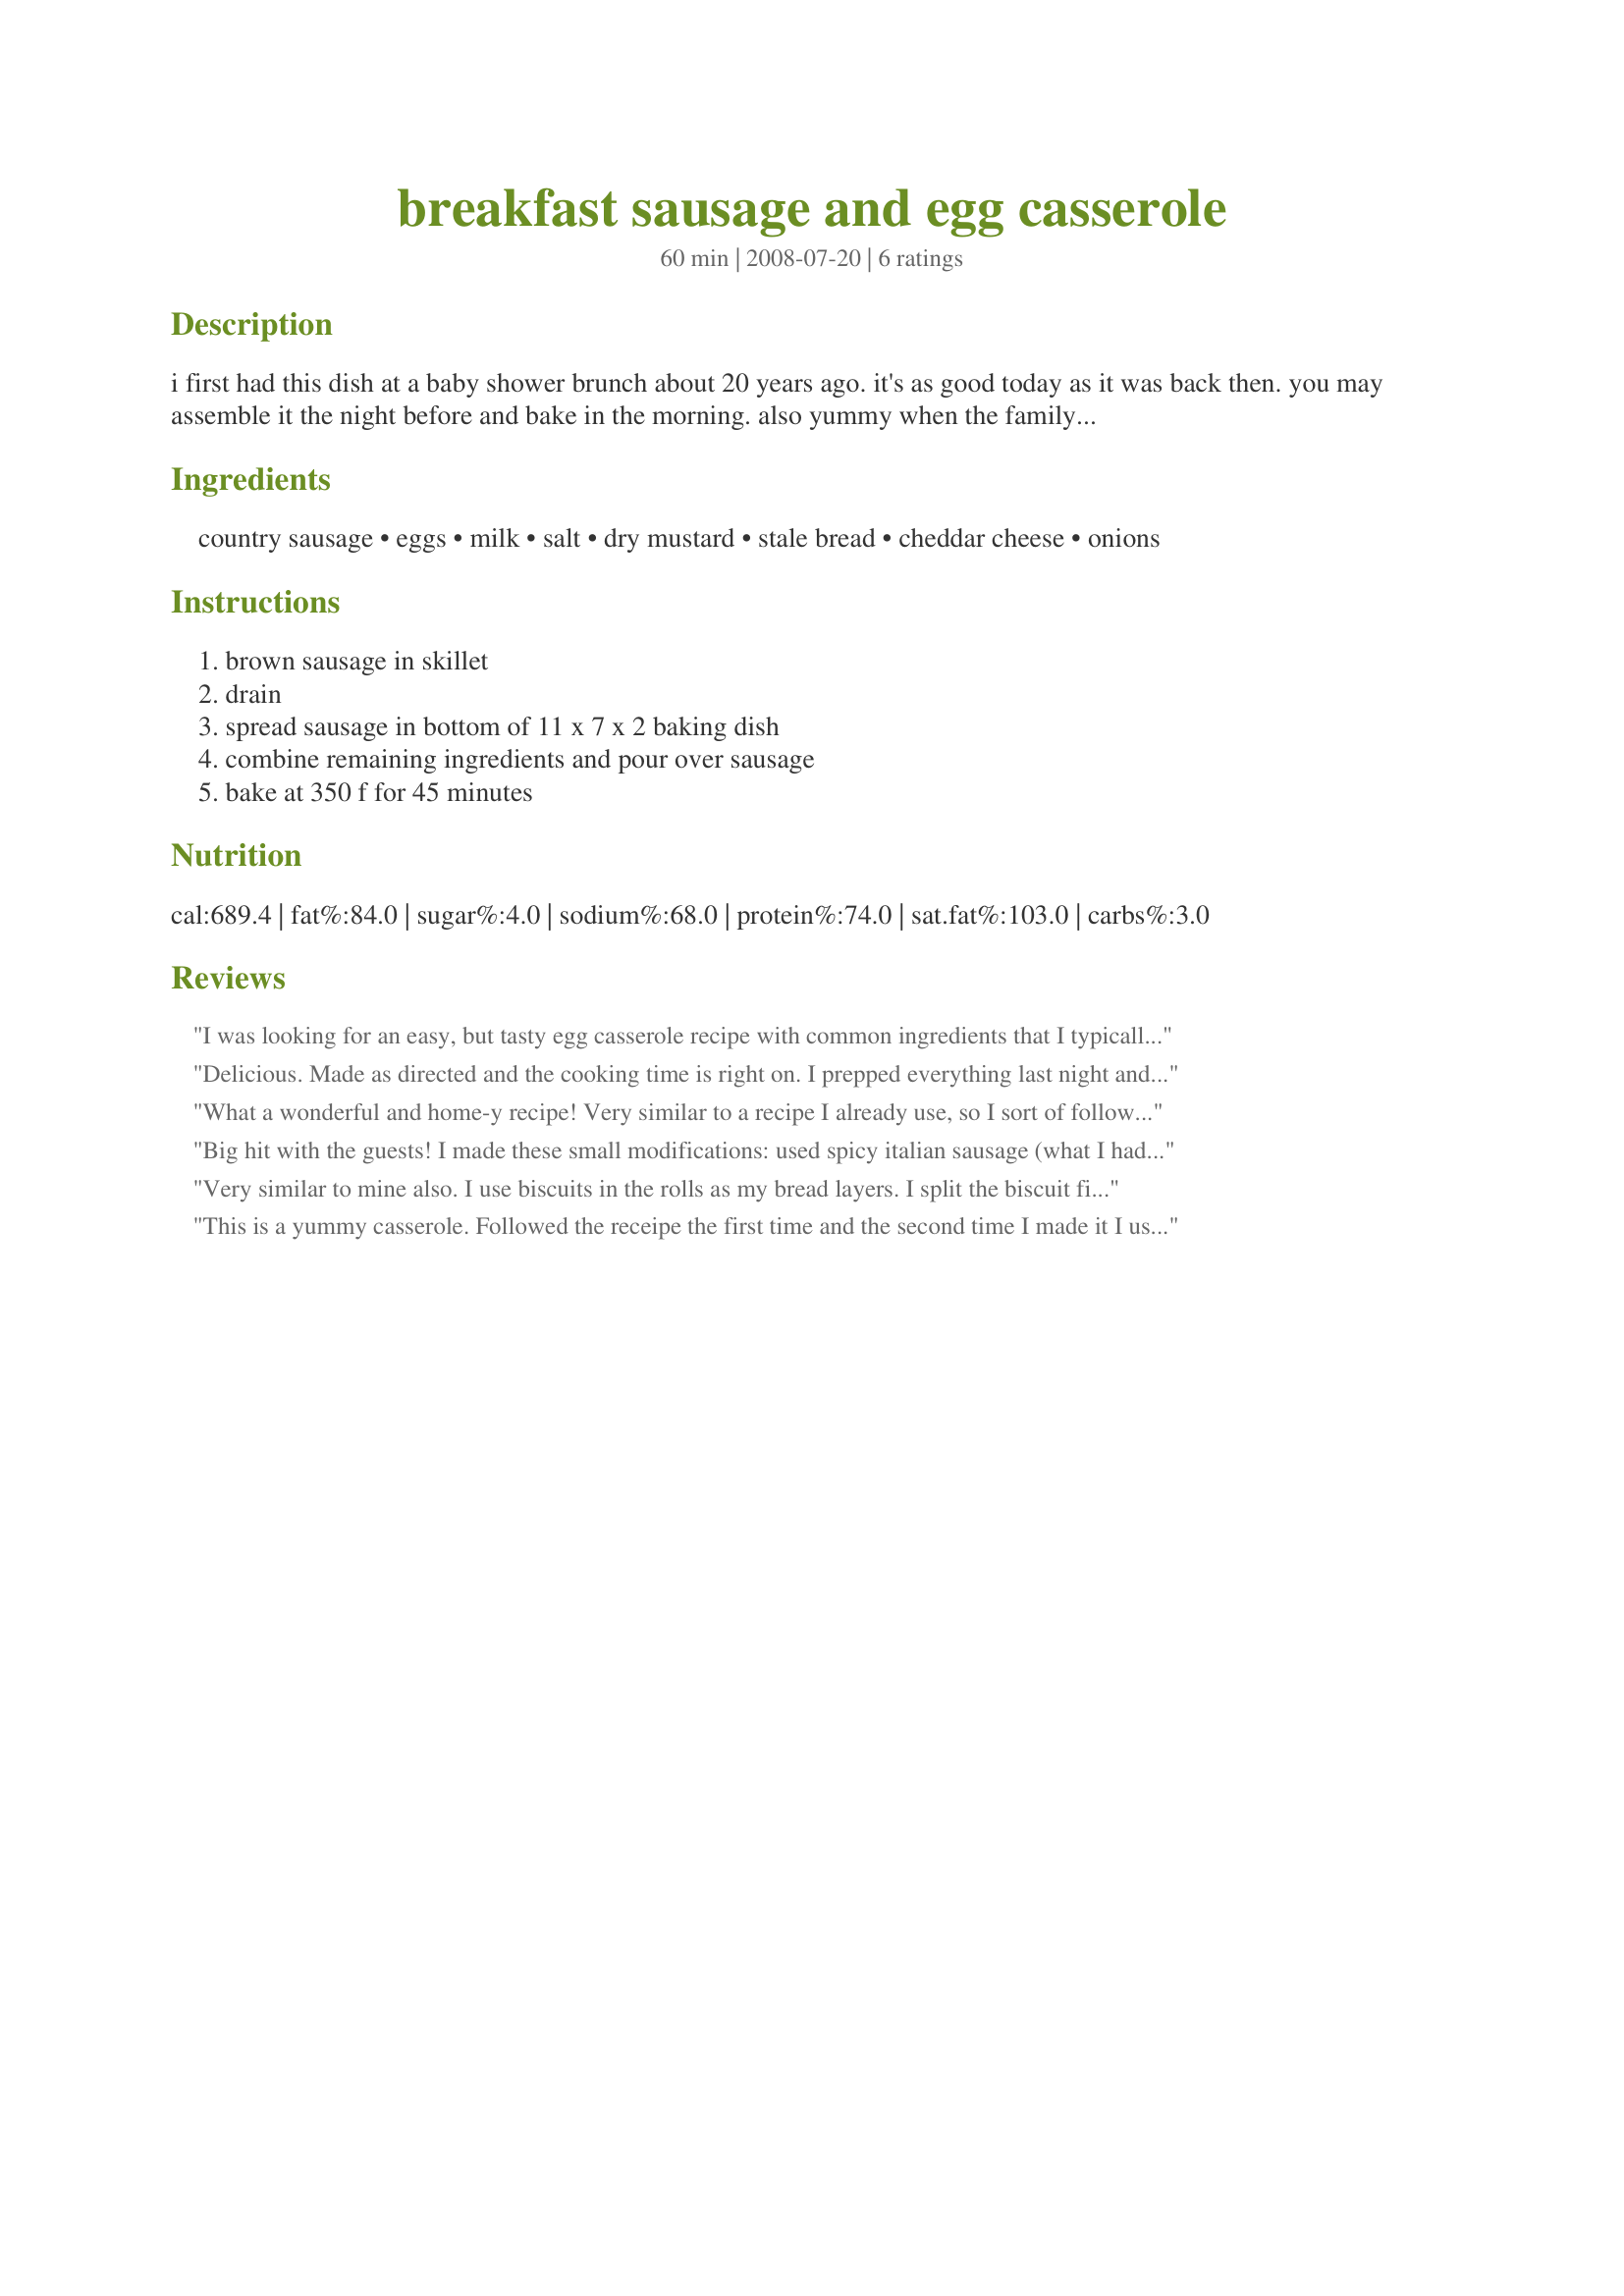
breakfast sausage and egg casserole
Preparation time: 60 minutes

i first had this dish at a baby shower brunch about 20 years ago. it's as good today as it was back then. you may assemble it the night before and bake in the morning. also yummy when the family wants "breakfast for dinner."

Ingredients:
country sausage, eggs, milk, salt, dry mustard, stale bread, cheddar cheese, onions

Steps:
brown sausage in skillet, drain, spread sausage in bottom of 11 x 7 x 2 baking dish, combine remaining ingredients and pour over sausage, bake at 350 f for 45 minutes

Reviews:
I was looking for an easy, but tasty egg casserole recipe with common ingredients that I typically had on hand. I've tried several others, but this recipe was by far the easiest to make. I used chicken and apple sausage and added mushrooms because that is what I had at the time and it still turned out excellent. No need for me to look further - I'll be using this recipe in the future.
Delicious. Made as directed and the cooking time is right on. I prepped everything last night and then put it together and popped it in the oven this morning. Couldn't be much easier and lends itself to all kinds of variations. Tagged for Zaar Chef Alphabet Soup.
What a wonderful and home-y recipe! Very similar to a recipe I already use, so I sort of followed the same format, and so I added the bread cubes FIRST (and used more like 4 slices), then the meat sprinkled on, then the cheese. I added about a TABLESPOON of dry mustard to the eggs & milk & salt. I sprinkled the onions over the top, to keep one-quarter clear for my onion-hater to avoid. THEN I poured the egg-milk over the works. Strongly recommended as a *make-ahead* option for overnight guests or Saturday or Sunday morning. *Made for Spring 09 PAC*
Big hit with the guests! I made these small modifications: used spicy italian sausage (what I had), used three fresh slices whole wheat sandwich bread, and used green onion instead of white onions. It was absolutely gorgeous cooked in a decorative pie plate, and tasted even better. A bit on the salty side, but that could have been my sausage or cheese.
Very similar to mine also. I use biscuits in the rolls as my bread layers. I split the biscuit first so they don't over-rise. 1/2 for the bottom layer and 1/2 for the top.
For an interesting and zippy twist, try some chorizo sausage and/or some cubed ham. Bacon is nice also.
This is a yummy casserole. Followed the receipe the first time and the second time I made it I used the biscuits (cut in half) on the bottom, added 2 diced apples sauted in butter to the egg mixture. Let it sit overnight in the refrigerator. Family and friends loved it! There are so many ways to make this delicious casserole. Very easy.
